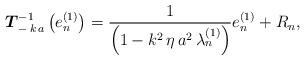
LaTeX: \begin{align*}\boldsymbol{T}_{- \, k \, a}^{-1}\left( e_{n}^{(1)} \right) = \frac{1}{\left(1 - k^{2} \, \eta \, a^{2} \, \lambda_{n}^{(1)} \right)} e_{n}^{(1)} + R_{n}, \end{align*}